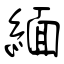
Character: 緬